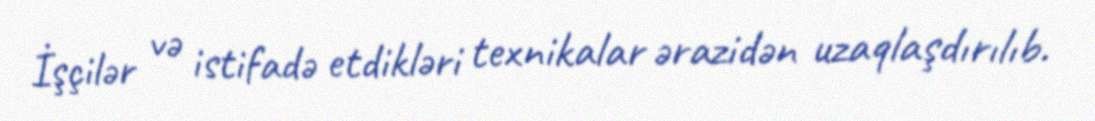
İşçilər və istifadə etdikləri texnikalar ərazidən uzaqlaşdırılıb.